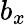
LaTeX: b_{x}